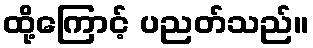
ထို့ကြောင့် ပညတ်သည်။